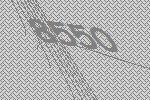
8550